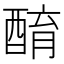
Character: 𨡚